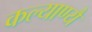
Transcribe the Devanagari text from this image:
कल्याण्यै